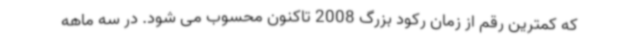
که کمترین رقم از زمان رکود بزرگ 2008 تاکنون محسوب می شود. در سه ماهه